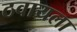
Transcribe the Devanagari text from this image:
ठवायला